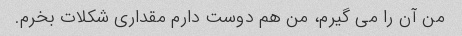
من آن را می گیرم، من هم دوست دارم مقداری شکلات بخرم.